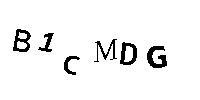
B1CMDG